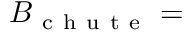
B _ { \mathrm { ~ c ~ h ~ u ~ t ~ e ~ } } =